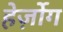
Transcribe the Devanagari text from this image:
हेर्ज़ोग